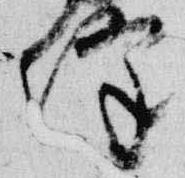
降